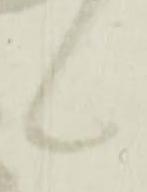
候